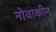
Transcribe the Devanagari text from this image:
नोवाकीन